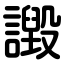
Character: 譭